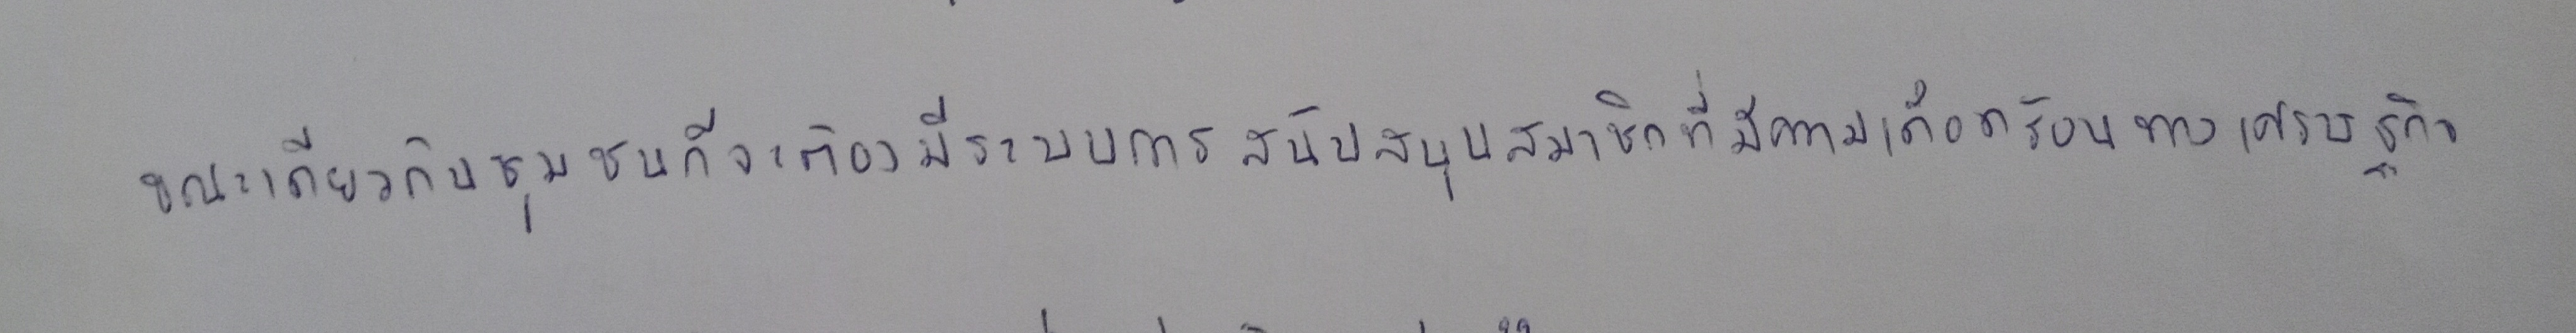
ขณะเดียวกันชุมชนก็จะต้องมีระบบการสนับสนุนสมาชิกที่มีความเดือดร้อนทางเศรษฐกิจ